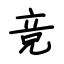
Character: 竞